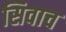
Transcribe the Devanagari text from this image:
सिवाच